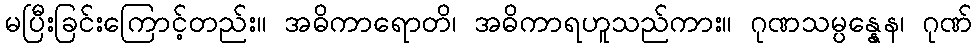
မပြီးခြင်းကြောင့်တည်း။ အဓိကာရောတိ၊ အဓိကာရဟူသည်ကား။ ဂုဏသမ္ပန္နေန၊ ဂုဏ်